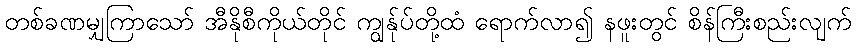
တစ်ခဏမျှကြာသော် အီနိုစီကိုယ်တိုင် ကျွန်ုပ်တို့ထံ ရောက်လာ၍ နဖူးတွင် စိန်ကြီးစည်းလျက်